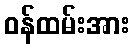
ဝန်ထမ်းအား